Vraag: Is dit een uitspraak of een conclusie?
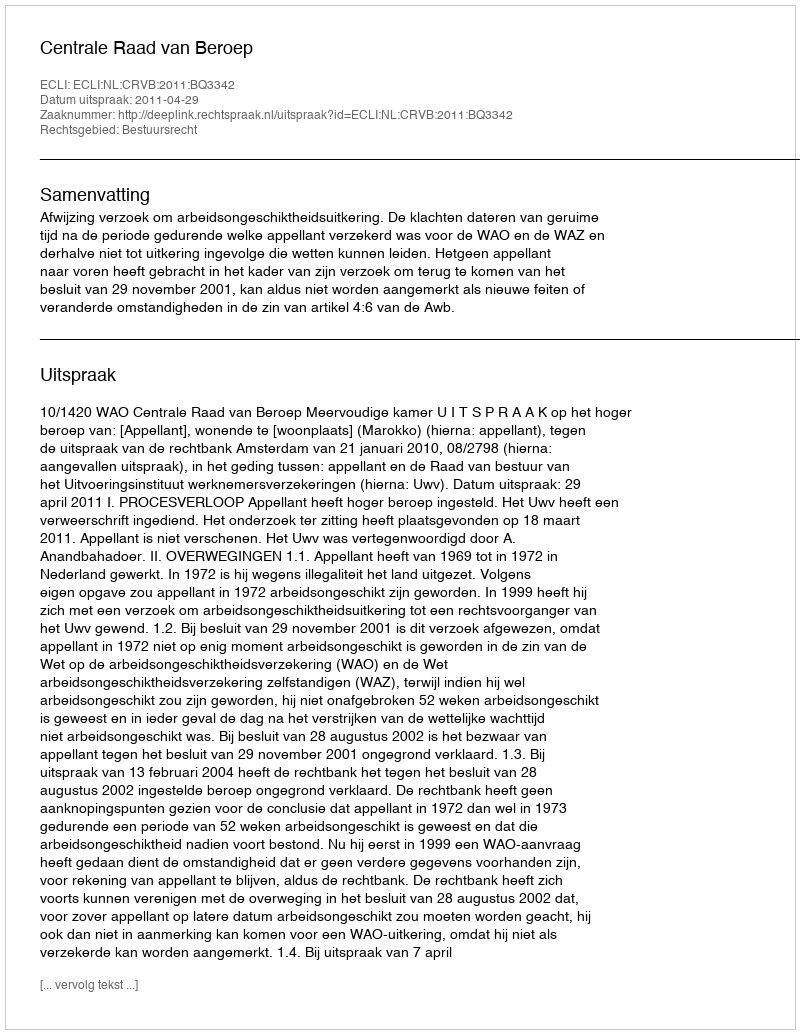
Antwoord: Uitspraak